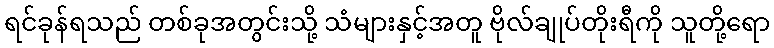
ရင်ခုန်ရသည် တစ်ခုအတွင်းသို့ သံများနှင့်အတူ ဗိုလ်ချုပ်တိုးရီကို သူတို့ရော